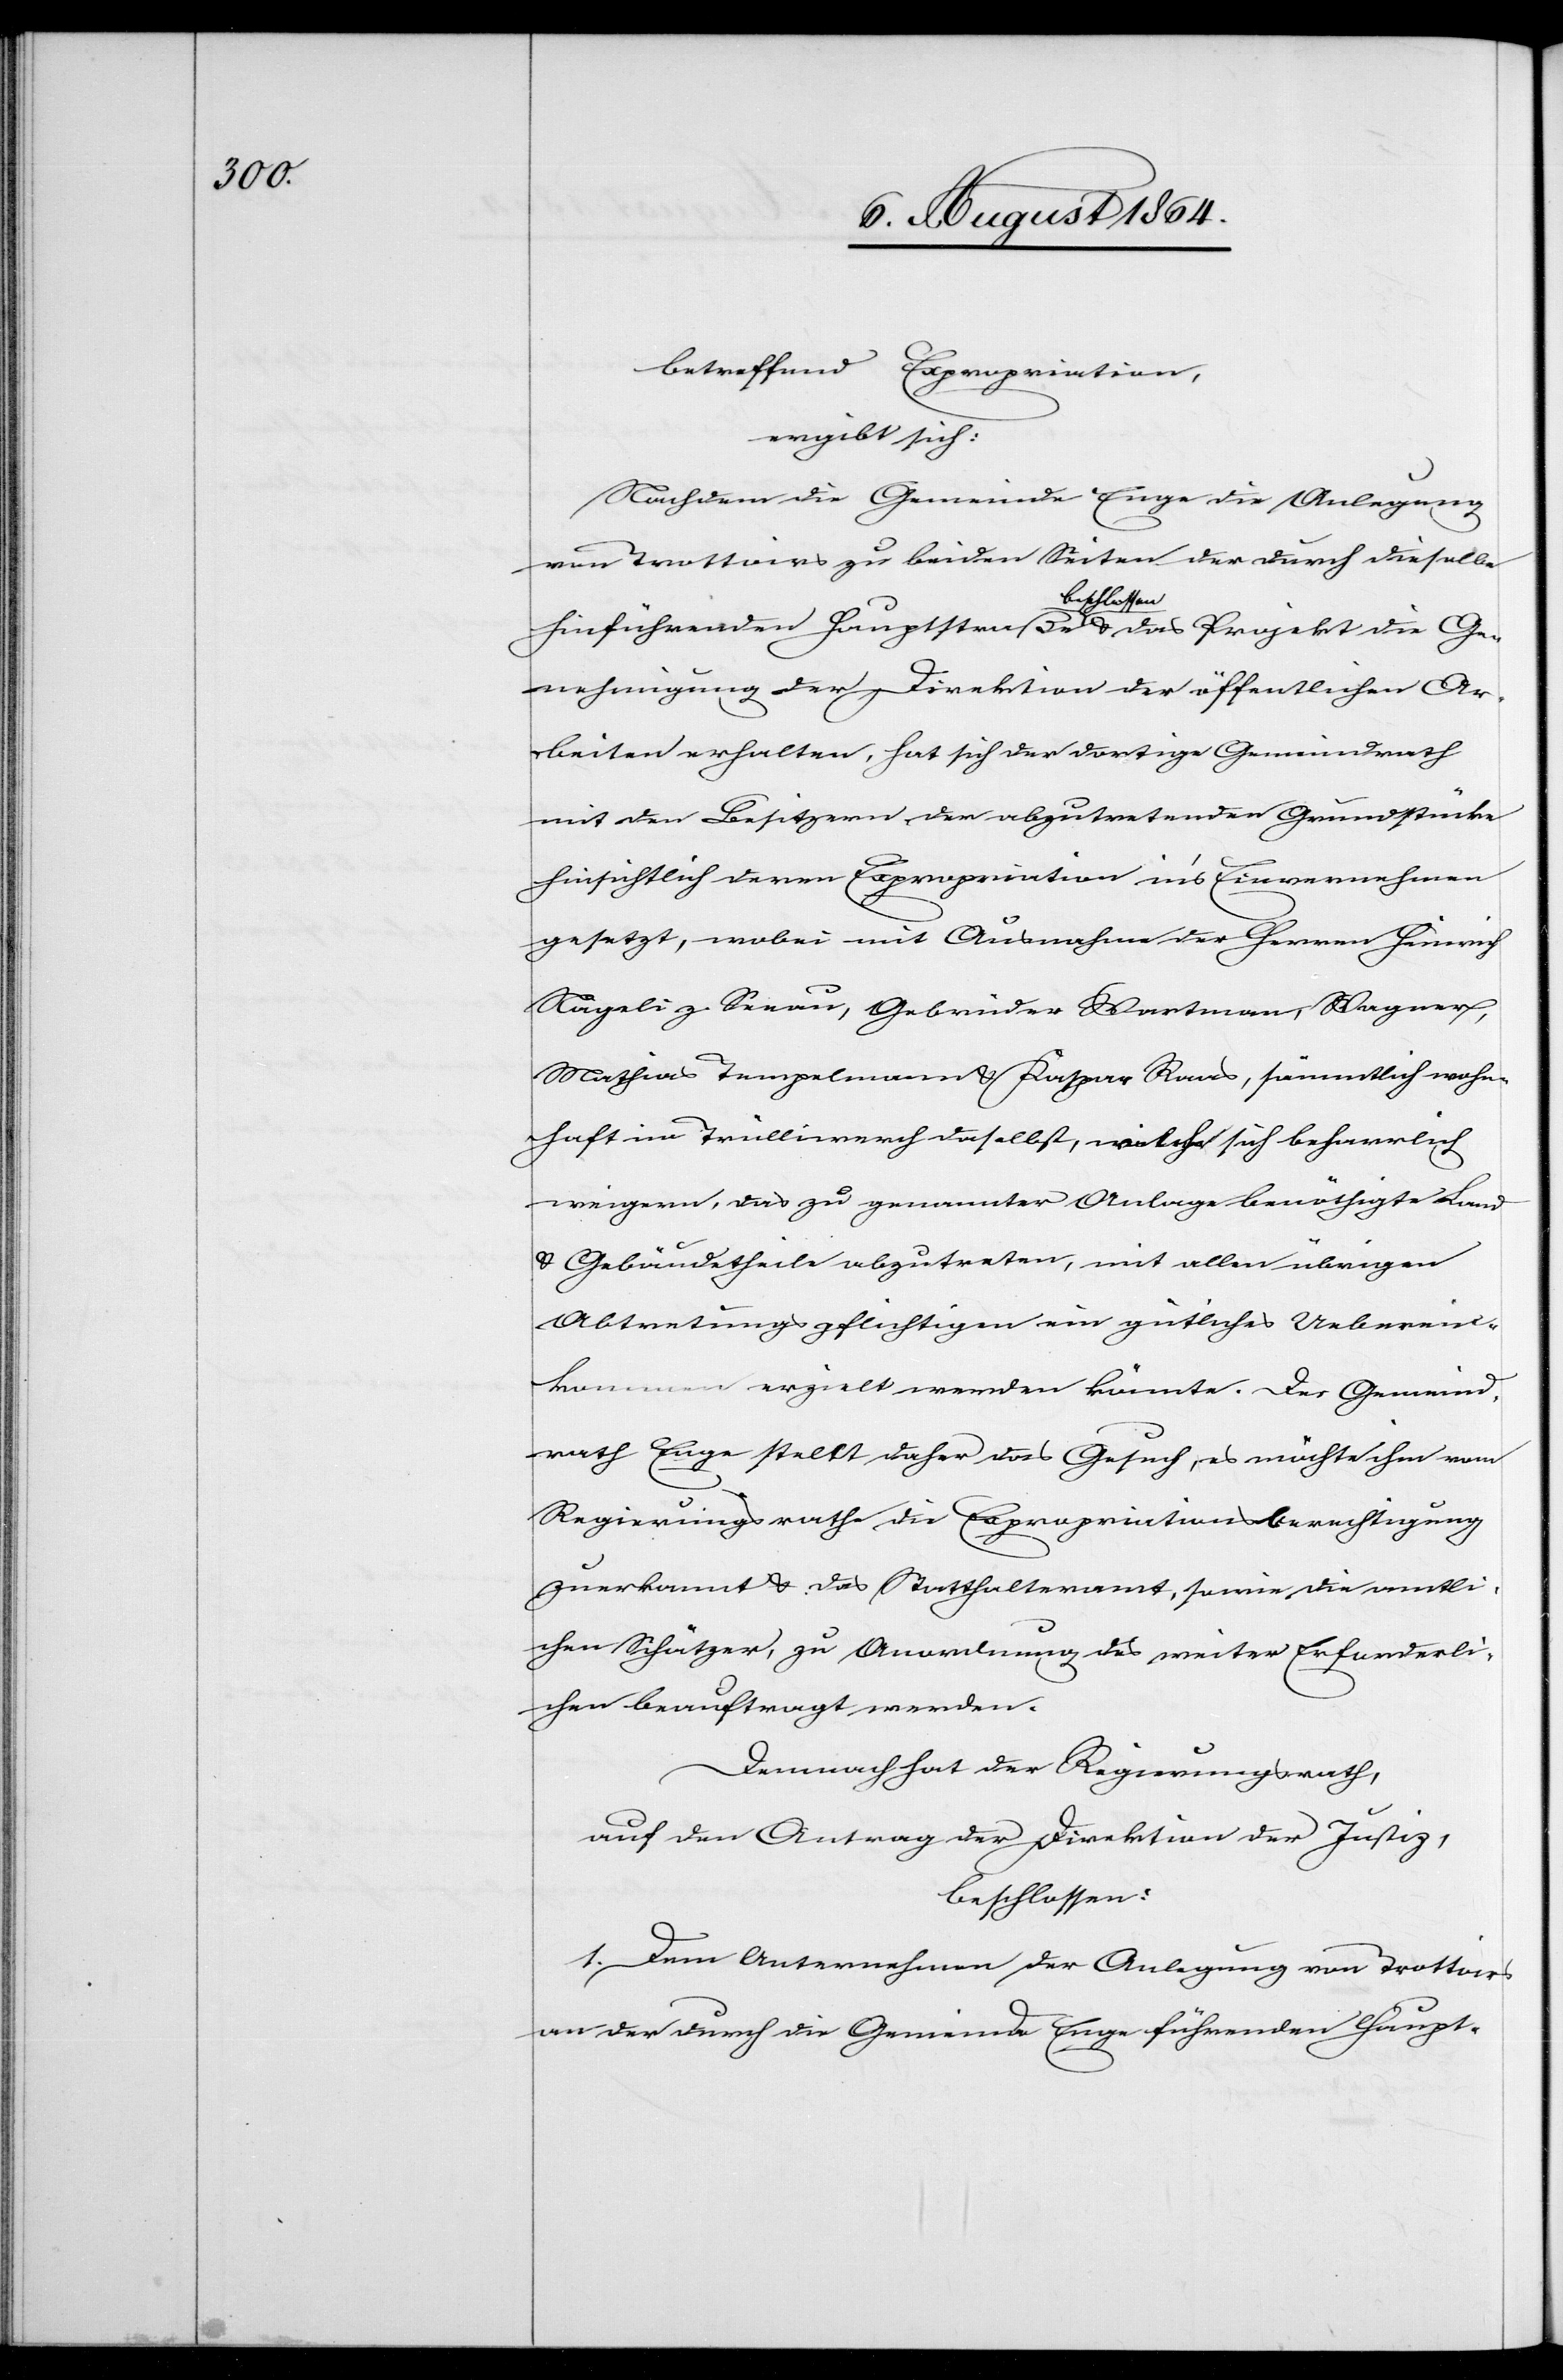
betreffend Expropriation,
ergibt sich:
Nachdem die Gemeinde Enge die Anlegung
von Trottoirs zu beiden Seiten der durch dieselbe
hinführenden Hauptstraße a-beschlossen-a & das Projekt die Ge¬
nehmigung der Direktion der öffentlichen Ar¬
beiten erhalten, hat sich der dortige Gemeindrath
mit den Besitzern der abzutretenden Grundstücke
hinsichtlich deren Expropriation in’s Einvernehmen
gesetzt, wobei mit Ausnahme der Herren Heinrich
Nägeli z. Seeau, Gebrüder Wartmann, Wagner,
Mathias Tempelmann & Kaspar Raas, sämmtlich wohn¬
haft im Trülliwerch daselbst, welche sich beharrlich
weigern, das zu genannter Anlage benöthigte Land
& Gebäudetheile abzutreten, mit allen übrigen
Abtretungspflichtigen ein gütliches Ueberein¬
kommen erzielt werden könnte. Der Gemeind¬
rath Enge stellt daher das Gesuch, es möchte ihm vom
Regierungsrathe die Expropriationsberechtigung
zuerkannt & das Statthalteramt, sowie die amtli¬
chen Schätzer, zu Anordnung des weiter Erforderli¬
chen beauftragt werden.
Demnach hat der Regierungsrath,
auf den Antrag der Direktion der Justiz,
beschlossen:
1. Dem Unternehmen der Anlegung von Trottoirs
an der durch die Gemeinde Enge führende Haupt-